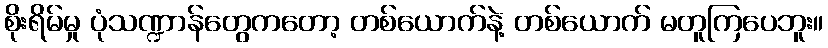
စိုးရိမ်မှု ပုံသဏ္ဍာန်တွေကတော့ တစ်ယောက်နဲ့ တစ်ယောက် မတူကြပေဘူး။